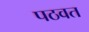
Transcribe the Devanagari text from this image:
पठवत